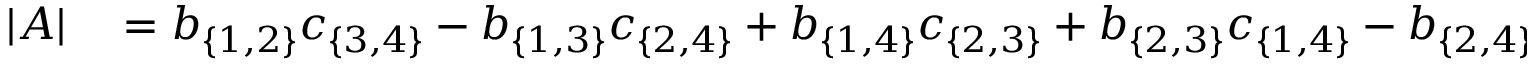
\begin{array} { r l } { | A | } & { { } = b _ { \{ 1 , 2 \} } c _ { \{ 3 , 4 \} } - b _ { \{ 1 , 3 \} } c _ { \{ 2 , 4 \} } + b _ { \{ 1 , 4 \} } c _ { \{ 2 , 3 \} } + b _ { \{ 2 , 3 \} } c _ { \{ 1 , 4 \} } - b _ { \{ 2 , 4 \} } c _ { \{ 1 , 3 \} } + b _ { \{ 3 , 4 \} } c _ { \{ 1 , 2 \} } } \end{array}